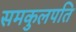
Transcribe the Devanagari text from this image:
समकुलपति